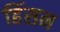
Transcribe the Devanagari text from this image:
हिंसन